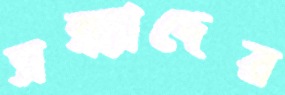
সন্ধ্যাদের